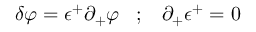
\delta \varphi = \epsilon ^ { + } \partial _ { + } \varphi \; \; \; ; \; \; \; \partial _ { + } \epsilon ^ { + } = 0